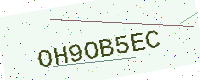
Text: OH9OB5EC